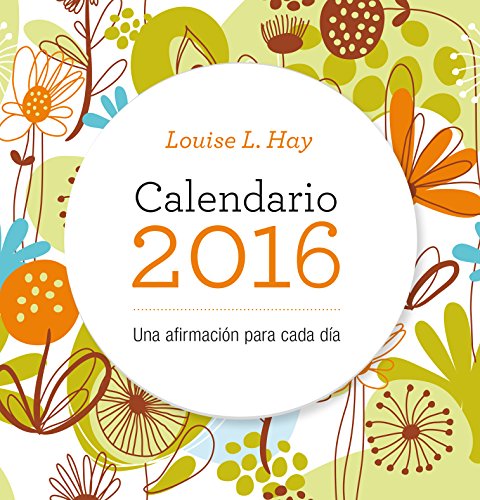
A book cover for Calendario Louis Hay 2016 (Spanish Edition); Louise Hay; Calendars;